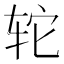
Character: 𫟤